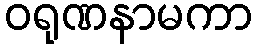
ဝရုဏနာမကာ